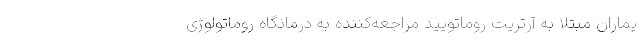
یماران مبتلا به آرتریت روماتویید مراجعه‌کننده به درمانگاه روماتولوژی